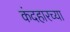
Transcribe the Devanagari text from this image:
कंदहारच्या